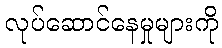
လုပ်ဆောင်နေမှုများကို